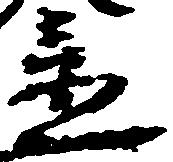
置